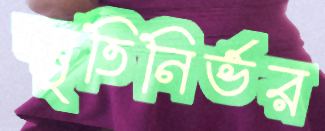
স্মৃতিনির্ভর